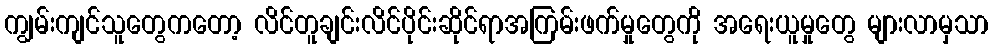
ကျွမ်းကျင်သူတွေကတော့ လိင်တူချင်းလိင်ပိုင်းဆိုင်ရာအကြမ်းဖက်မှုတွေကို အရေးယူမှုတွေ များလာမှသာ